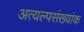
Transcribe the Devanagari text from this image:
अत्यल्पसंख्यांक